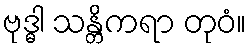
ဗုဒ္ဓါ သန္တိကရာ တုဝံ။